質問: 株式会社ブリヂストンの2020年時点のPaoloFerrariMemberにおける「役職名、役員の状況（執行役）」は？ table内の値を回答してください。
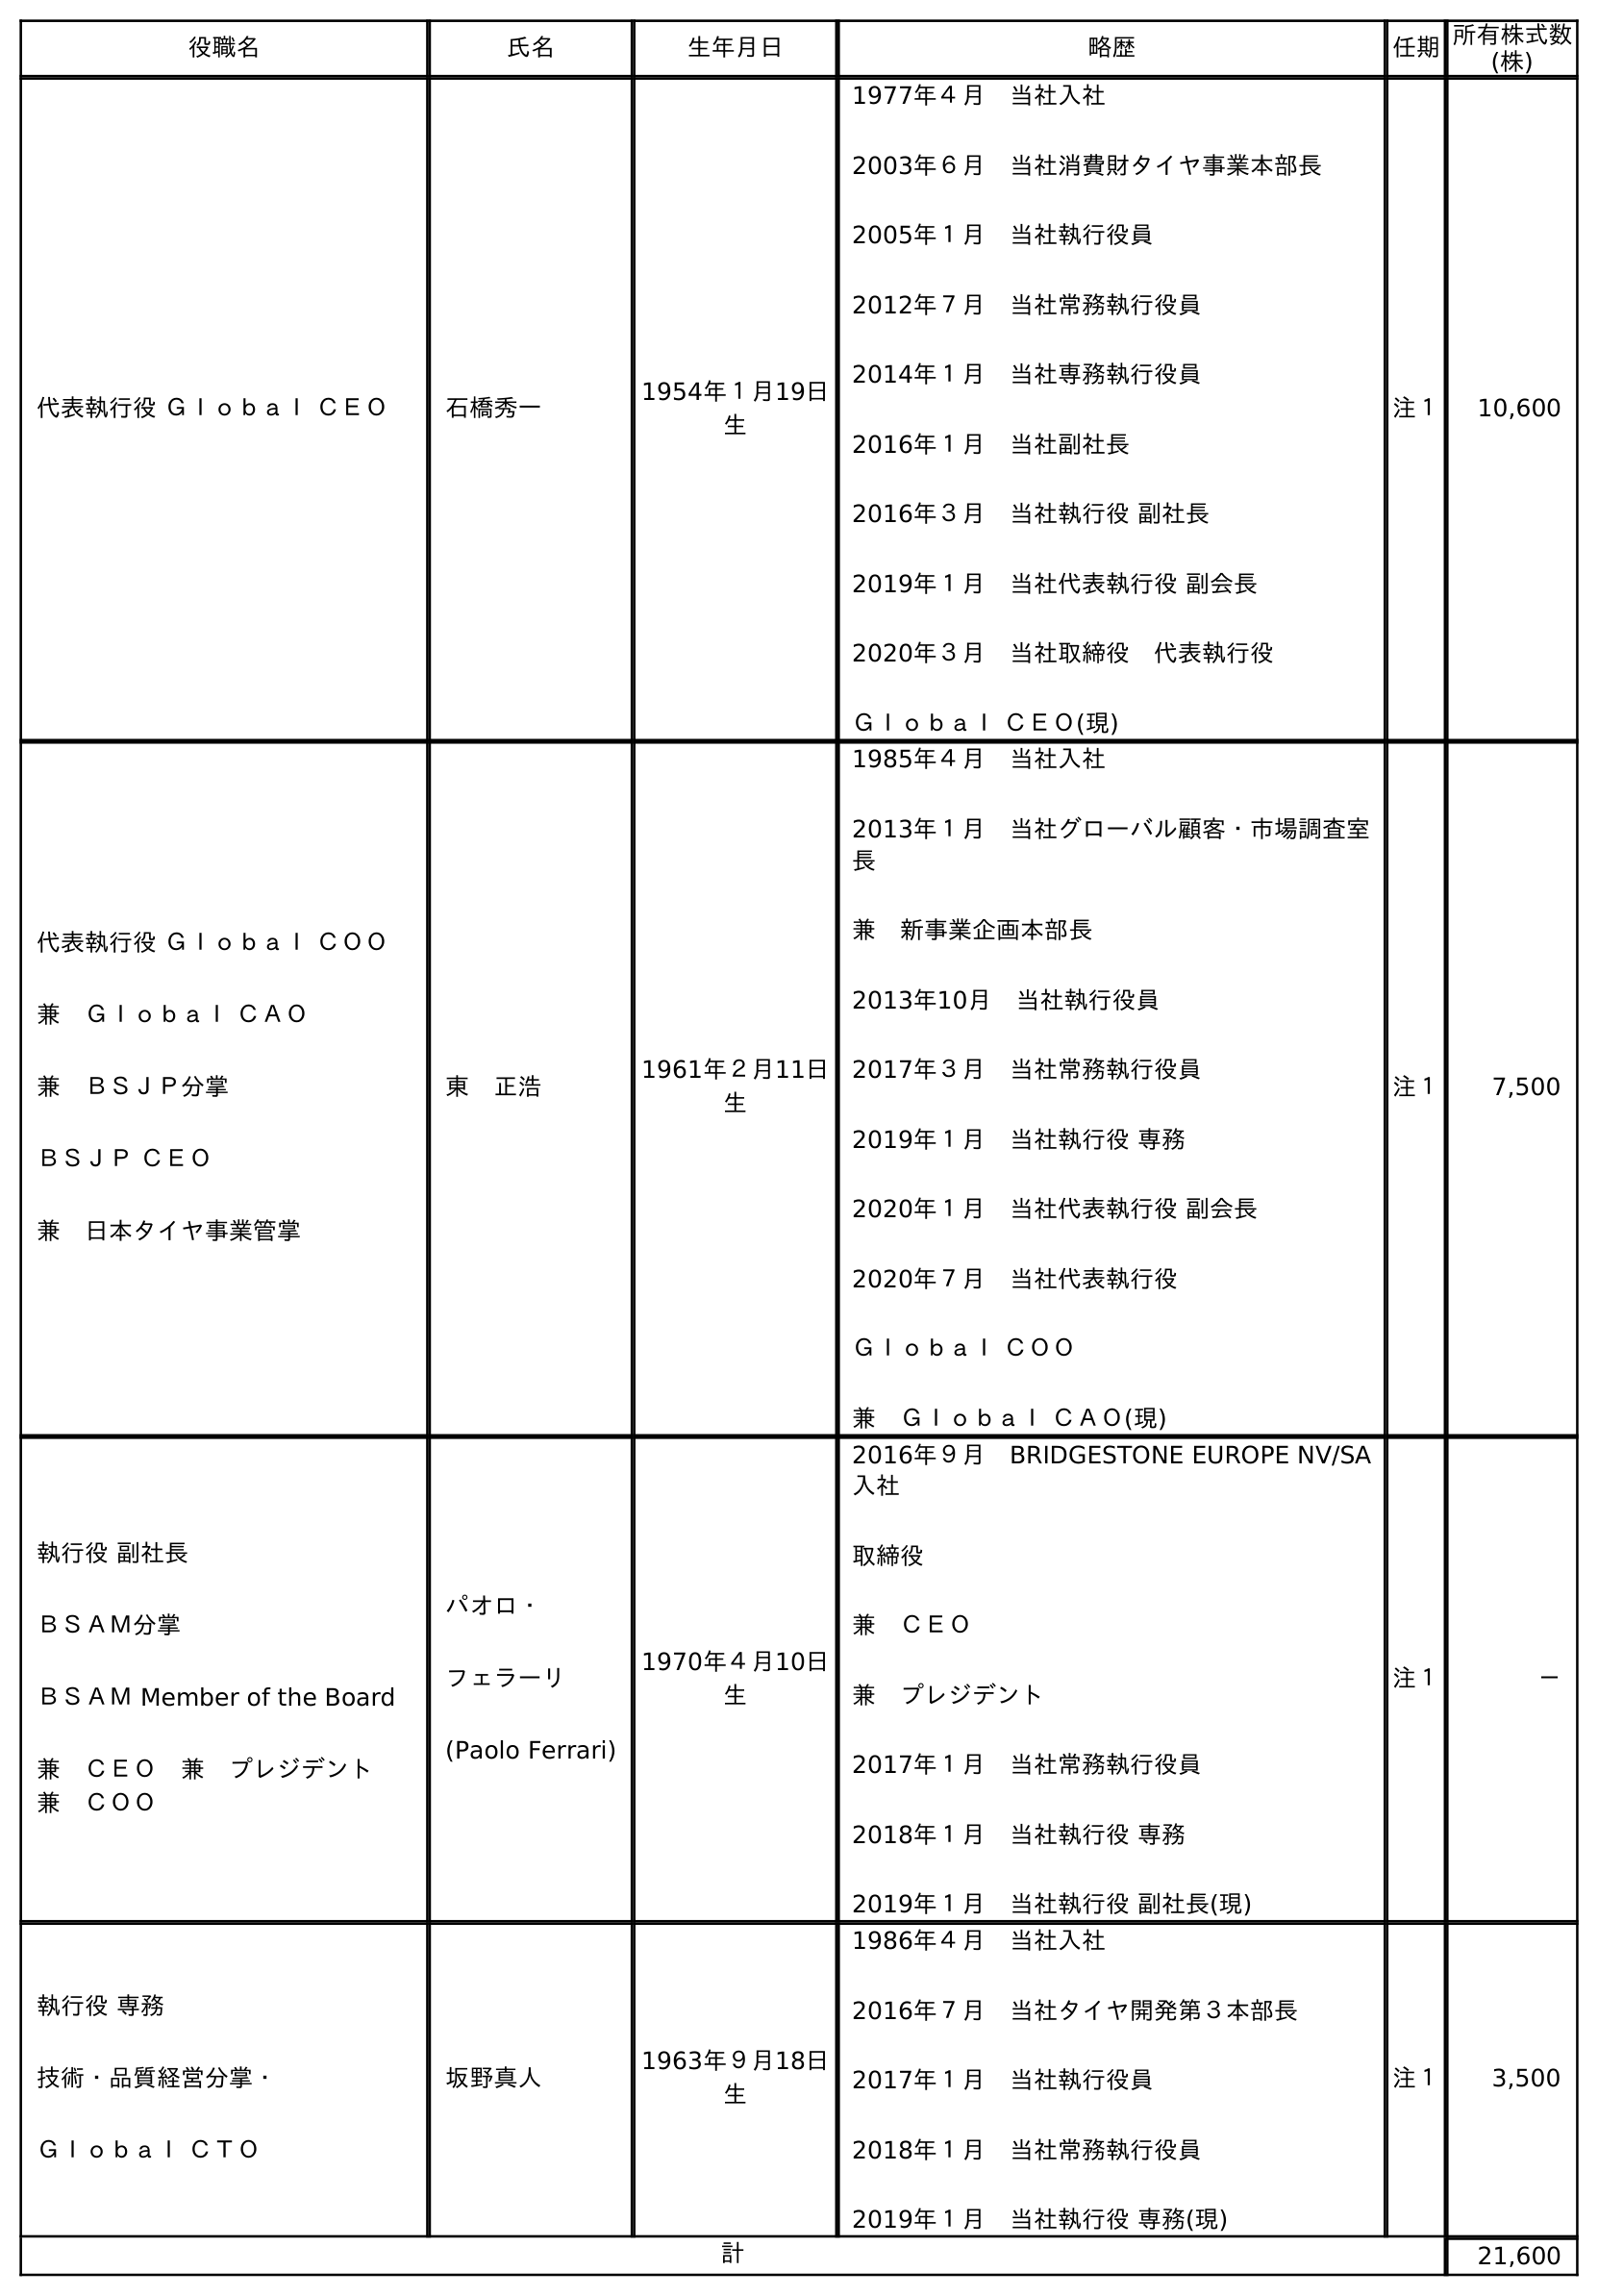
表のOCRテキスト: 役職名 氏名 生年月日 略歴 任期所有株式数 (株) 代表執行役 Ｇｌｏｂａｌ ＣＥＯ 石橋秀一 1954年１月19日 生 1977年４月 当社入社 2003年６月 当社消費財タイヤ事業本部長 2005年１月 当社執行役員 2012年７月 当社常務執行役員 2014年１月 当社専務執行役員 2016年１月 当社副社長 2016年３月 当社執行役 副社長 2019年１月 当社代表執行役 副会長 2020年３月 当社取締役 代表執行役 Ｇｌｏｂａｌ ＣＥＯ(現) 注１ 10,600 代表執行役 Ｇｌｏｂａｌ ＣＯＯ 兼 Ｇｌｏｂａｌ ＣＡＯ 兼 ＢＳＪＰ分掌 ＢＳＪＰ ＣＥＯ 兼 日本タイヤ事業管掌 東 正浩 1961年２月11日 生 1985年４月 当社入社 2013年１月 当社グローバル顧客・市場調査室 長 兼 新事業企画本部長 2013年10月 当社執行役員 2017年３月 当社常務執行役員 2019年１月 当社執行役 専務 2020年１月 当社代表執行役 副会長 2020年７月 当社代表執行役 Ｇｌｏｂａｌ ＣＯＯ 兼 Ｇｌｏｂａｌ ＣＡＯ(現) 注１ 7,500 執行役 副社長 ＢＳＡＭ分掌 ＢＳＡＭ Member of the Board 兼 ＣＥＯ 兼 プレジデント  兼 ＣＯＯ パオロ・ フェラーリ (Paolo Ferrari) 1970年４月10日 生 2016年９月 BRIDGESTONE EUROPE NV/SA 入社 取締役 兼 ＣＥＯ 兼 プレジデント 2017年１月 当社常務執行役員 2018年１月 当社執行役 専務 2019年１月 当社執行役 副社長(現) 注１ － 執行役 専務 技術・品質経営分掌・ Ｇｌｏｂａｌ ＣＴＯ 坂野真人 1963年９月18日 生 1986年４月 当社入社 2016年７月 当社タイヤ開発第３本部長 2017年１月 当社執行役員 2018年１月 当社常務執行役員 2019年１月 当社執行役 専務(現) 注１ 3,500 計 21,600
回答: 執行役 副社長ＢＳＡＭ分掌ＢＳＡＭ Member of the Board兼　ＣＥＯ　兼　プレジデント　兼　ＣＯＯ